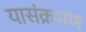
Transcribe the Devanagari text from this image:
यासंक्रमण